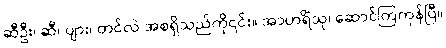
ဆီဦး၊ ဆီ၊ ပျား၊ တင်လဲ အစရှိသည်ကို၎င်း။ အာဟရိံသု၊ ဆောင်ကြကုန်ပြီ။